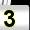
Digit: 3